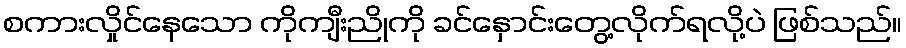
စကားလှိုင်နေသော ကိုကျီးညိုကို ခင်နှောင်းတွေ့လိုက်ရလို့ပဲ ဖြစ်သည်။